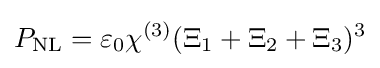
P_{\text{NL}}=\varepsilon _{0}\chi ^{(3)}(\Xi _{1}+\Xi _{2}+\Xi _{3})^{3}